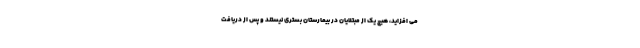
می افزاید، هیچ یک از مبتلایان در بیمارستان بستری نیستند و پس از دریافت